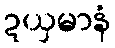
ဍယှမာနံ